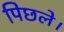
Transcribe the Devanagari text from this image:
पिछले।